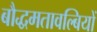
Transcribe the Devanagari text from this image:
बौद्धमतावल्बियों